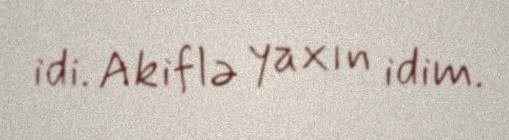
idi. Akiflə yaxın idim.